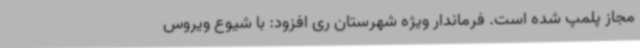
مجاز پلمپ شده است. فرماندار ویژه شهرستان ری افزود: با شیوع ویروس